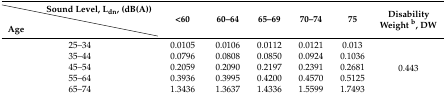
|  | Sound Level, Ldn, (dB(A)) | <ROWSPAN=2> <60 | <ROWSPAN=2> 60–64 | <ROWSPAN=2> 65–69 | <ROWSPAN=2> 70–74 | <ROWSPAN=2> 75 | <ROWSPAN=2> Disability Weight b, DW |
 | Age |  |
 | --- | --- | --- | --- | --- | --- | --- | --- |
 | <COLSPAN=2> 25–34 | 0.0105 | 0.0106 | 0.0112 | 0.0121 | 0.013 | <ROWSPAN=5> 0.443 |
 | <COLSPAN=2> 35–44 | 0.0796 | 0.0808 | 0.0850 | 0.0924 | 0.1036 |
 | <COLSPAN=2> 45–54 | 0.2059 | 0.2090 | 0.2197 | 0.2391 | 0.2681 |
 | <COLSPAN=2> 55–64 | 0.3936 | 0.3995 | 0.4200 | 0.4570 | 0.5125 |
 | <COLSPAN=2> 65–74 | 1.3436 | 1.3637 | 1.4336 | 1.5599 | 1.7493 |